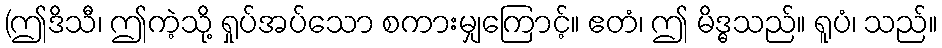
(ဤဒိသီ၊ ဤကဲ့သို့ ရှုပ်အပ်သော စကားမျှကြောင့်။ ဧတံ၊ ဤ မိဒ္ဓသည်။ ရူပံ၊ သည်။